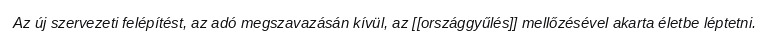
Az új szervezeti felépítést, az adó megszavazásán kívül, az [[országgyűlés]] mellőzésével akarta életbe léptetni.